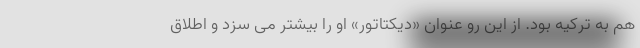
هم به ترکیه بود. از این رو عنوان «دیکتاتور» او را بیشتر می سزد و اطلاق